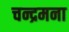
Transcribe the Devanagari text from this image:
चन्द्रमना